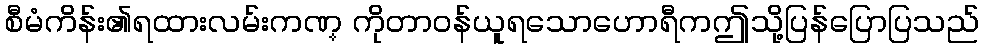
စီမံကိန်း၏ရထားလမ်းကဏ္ ကိုတာဝန်ယူရသောဟောရီကဤသို့ပြန်ပြောပြသည်